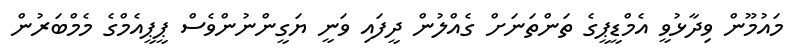
މައުމޫން ވިދާޅުވީ އެމްޑީޕީގެ ތަންތަނަށް ގެއްލުން ދީފައި ވަނީ ޔަގީންނުންވެސް ޕީޕީއެމްގެ މެމްބަރުން